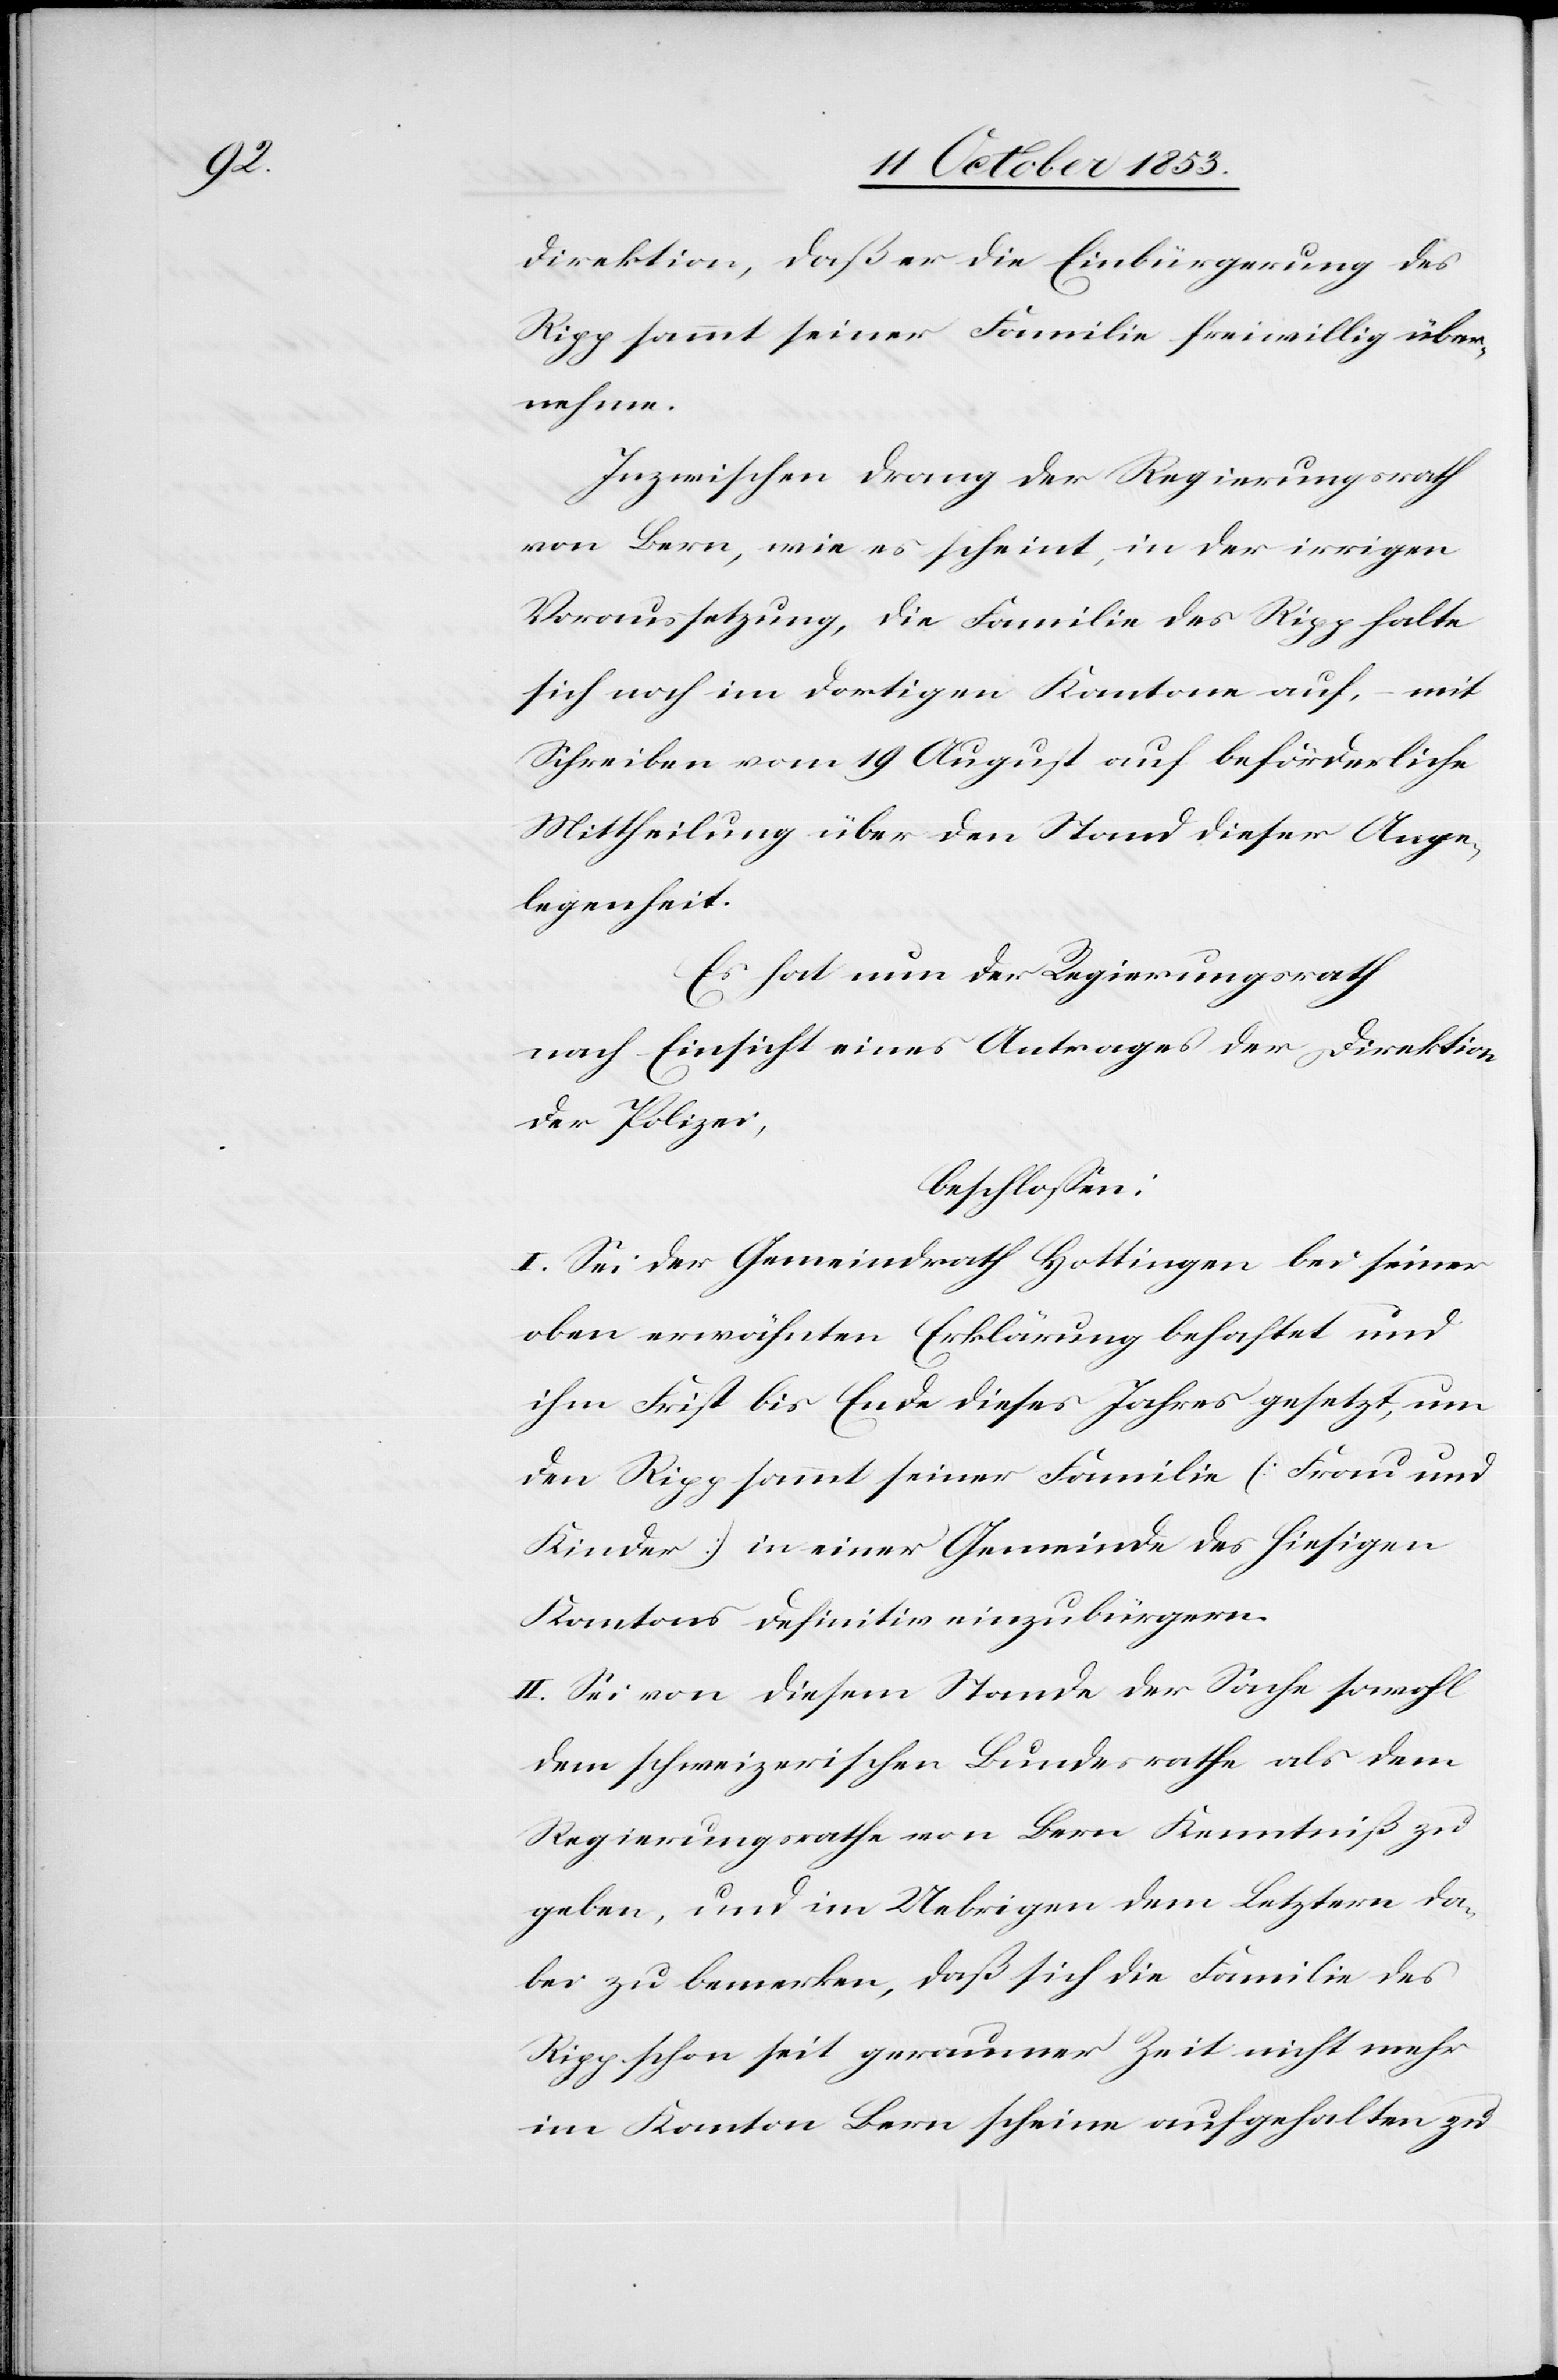
direktion, daß er die Einbürgerung des
Ripp sammt seiner Familie freiwillig über¬
nehme.
Inzwischen drang der Regierungsrath
von Bern, wie es scheint, in der irrigen
Voraussetzung, die Familie des Ripp halte
sich noch im dortigen Kantone auf, – mit
Schreiben vom 19 August auf beförderliche
Mittheilung über den Stand dieser Ange¬
legenheit.
Es hat nun der Regierungsrath
nach Einsicht eines Antrages der Direktion
der Polizei,
beschloßen:
I. Sei der Gemeindrath Hottingen bei seiner
oben erwähnten Erklärung behaftet und
ihm Frist bis Ende dieses Jahres gesetzt, um
den Ripp sammt seiner Familie (Frau und
Kinder) in einer Gemeinde des hiesigen
Kantons definitiv einzubürgern.
II. Sei von diesem Stande der Sache sowohl
dem schweizerischen Bundesrathe als dem
Regierungsrathe von Bern Kenntniß zu
geben, und im Uebrigen dem Letztern da¬
bei zu bemerken, daß sich die Familie des
Ripp schon seit geraumer Zeit nicht mehr
im Kanton Bern scheine aufgehalten zu